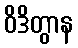
ဝိဒိတွာန